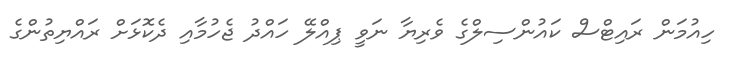
ހިއުމަން ރައިޓްސް ކައުންސިލްގެ ވެރިޔާ ނަވީ ޕިއްލޭ ހައްދު ޖެހުމާއި ދެކޮޅަށް ރައްޔިތުންގެ